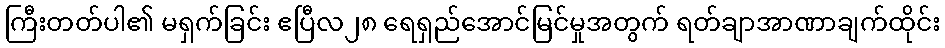
ကြီးတတ်ပါ၏ မရှက်ခြင်း ဧပြီလ၂၈ ရေရှည်အောင်မြင်မှုအတွက် ရတ်ချာအာဏာချက်ထိုင်း